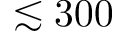
\lesssim 3 0 0